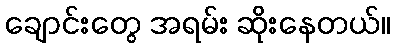
ချောင်းတွေ အရမ်း ဆိုးနေတယ်။